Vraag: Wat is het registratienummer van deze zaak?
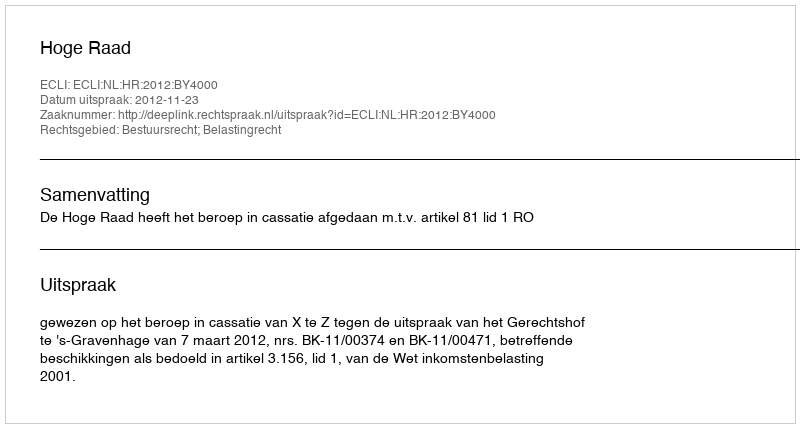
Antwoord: http://deeplink.rechtspraak.nl/uitspraak?id=ECLI:NL:HR:2012:BY4000